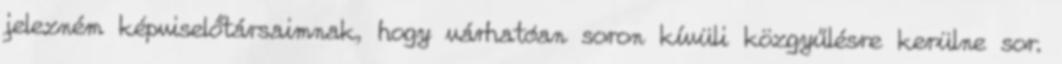
jelezném képviselőtársaimnak, hogy várhatóan soron kívüli közgyűlésre kerülne sor.